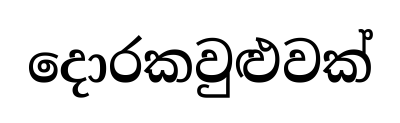
දොරකවුළුවක්